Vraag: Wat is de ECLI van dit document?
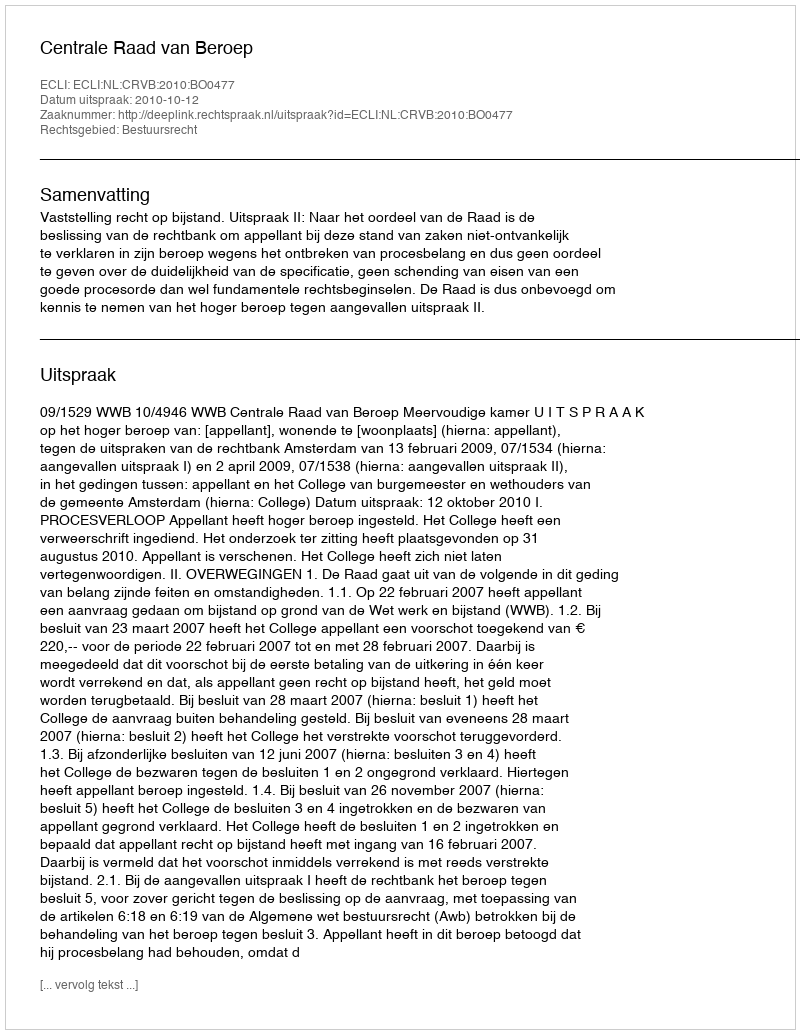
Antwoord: ECLI:NL:CRVB:2010:BO0477